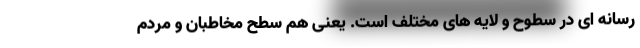
رسانه ای در سطوح و لایه های مختلف است. یعنی هم سطح مخاطبان و مردم